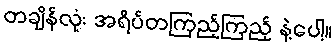
တချိန်လုံး အရိပ်တကြည့်ကြည့် နဲ့ပေါ့။